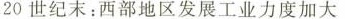
20世纪末：西部地区发展工业力度加大